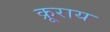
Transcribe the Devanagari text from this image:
क्रूराय